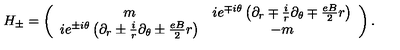
H _ { \pm } = \left( \begin{array} { c c } { m } & { i e ^ { \mp i \theta } \left( \partial _ { r } \mp \frac { i } { r } \partial _ { \theta } \mp \frac { e B } { 2 } r \right) } \\ { i e ^ { \pm i \theta } \left( \partial _ { r } \pm \frac { i } { r } \partial _ { \theta } \pm \frac { e B } { 2 } r \right) } & { - m } \\ \end{array} \right) .